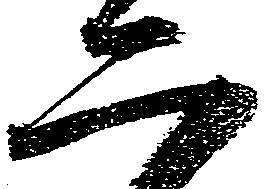
二